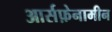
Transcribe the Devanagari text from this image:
आर्सफ़ेनामीन